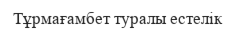
Тұрмағамбет туралы естелік